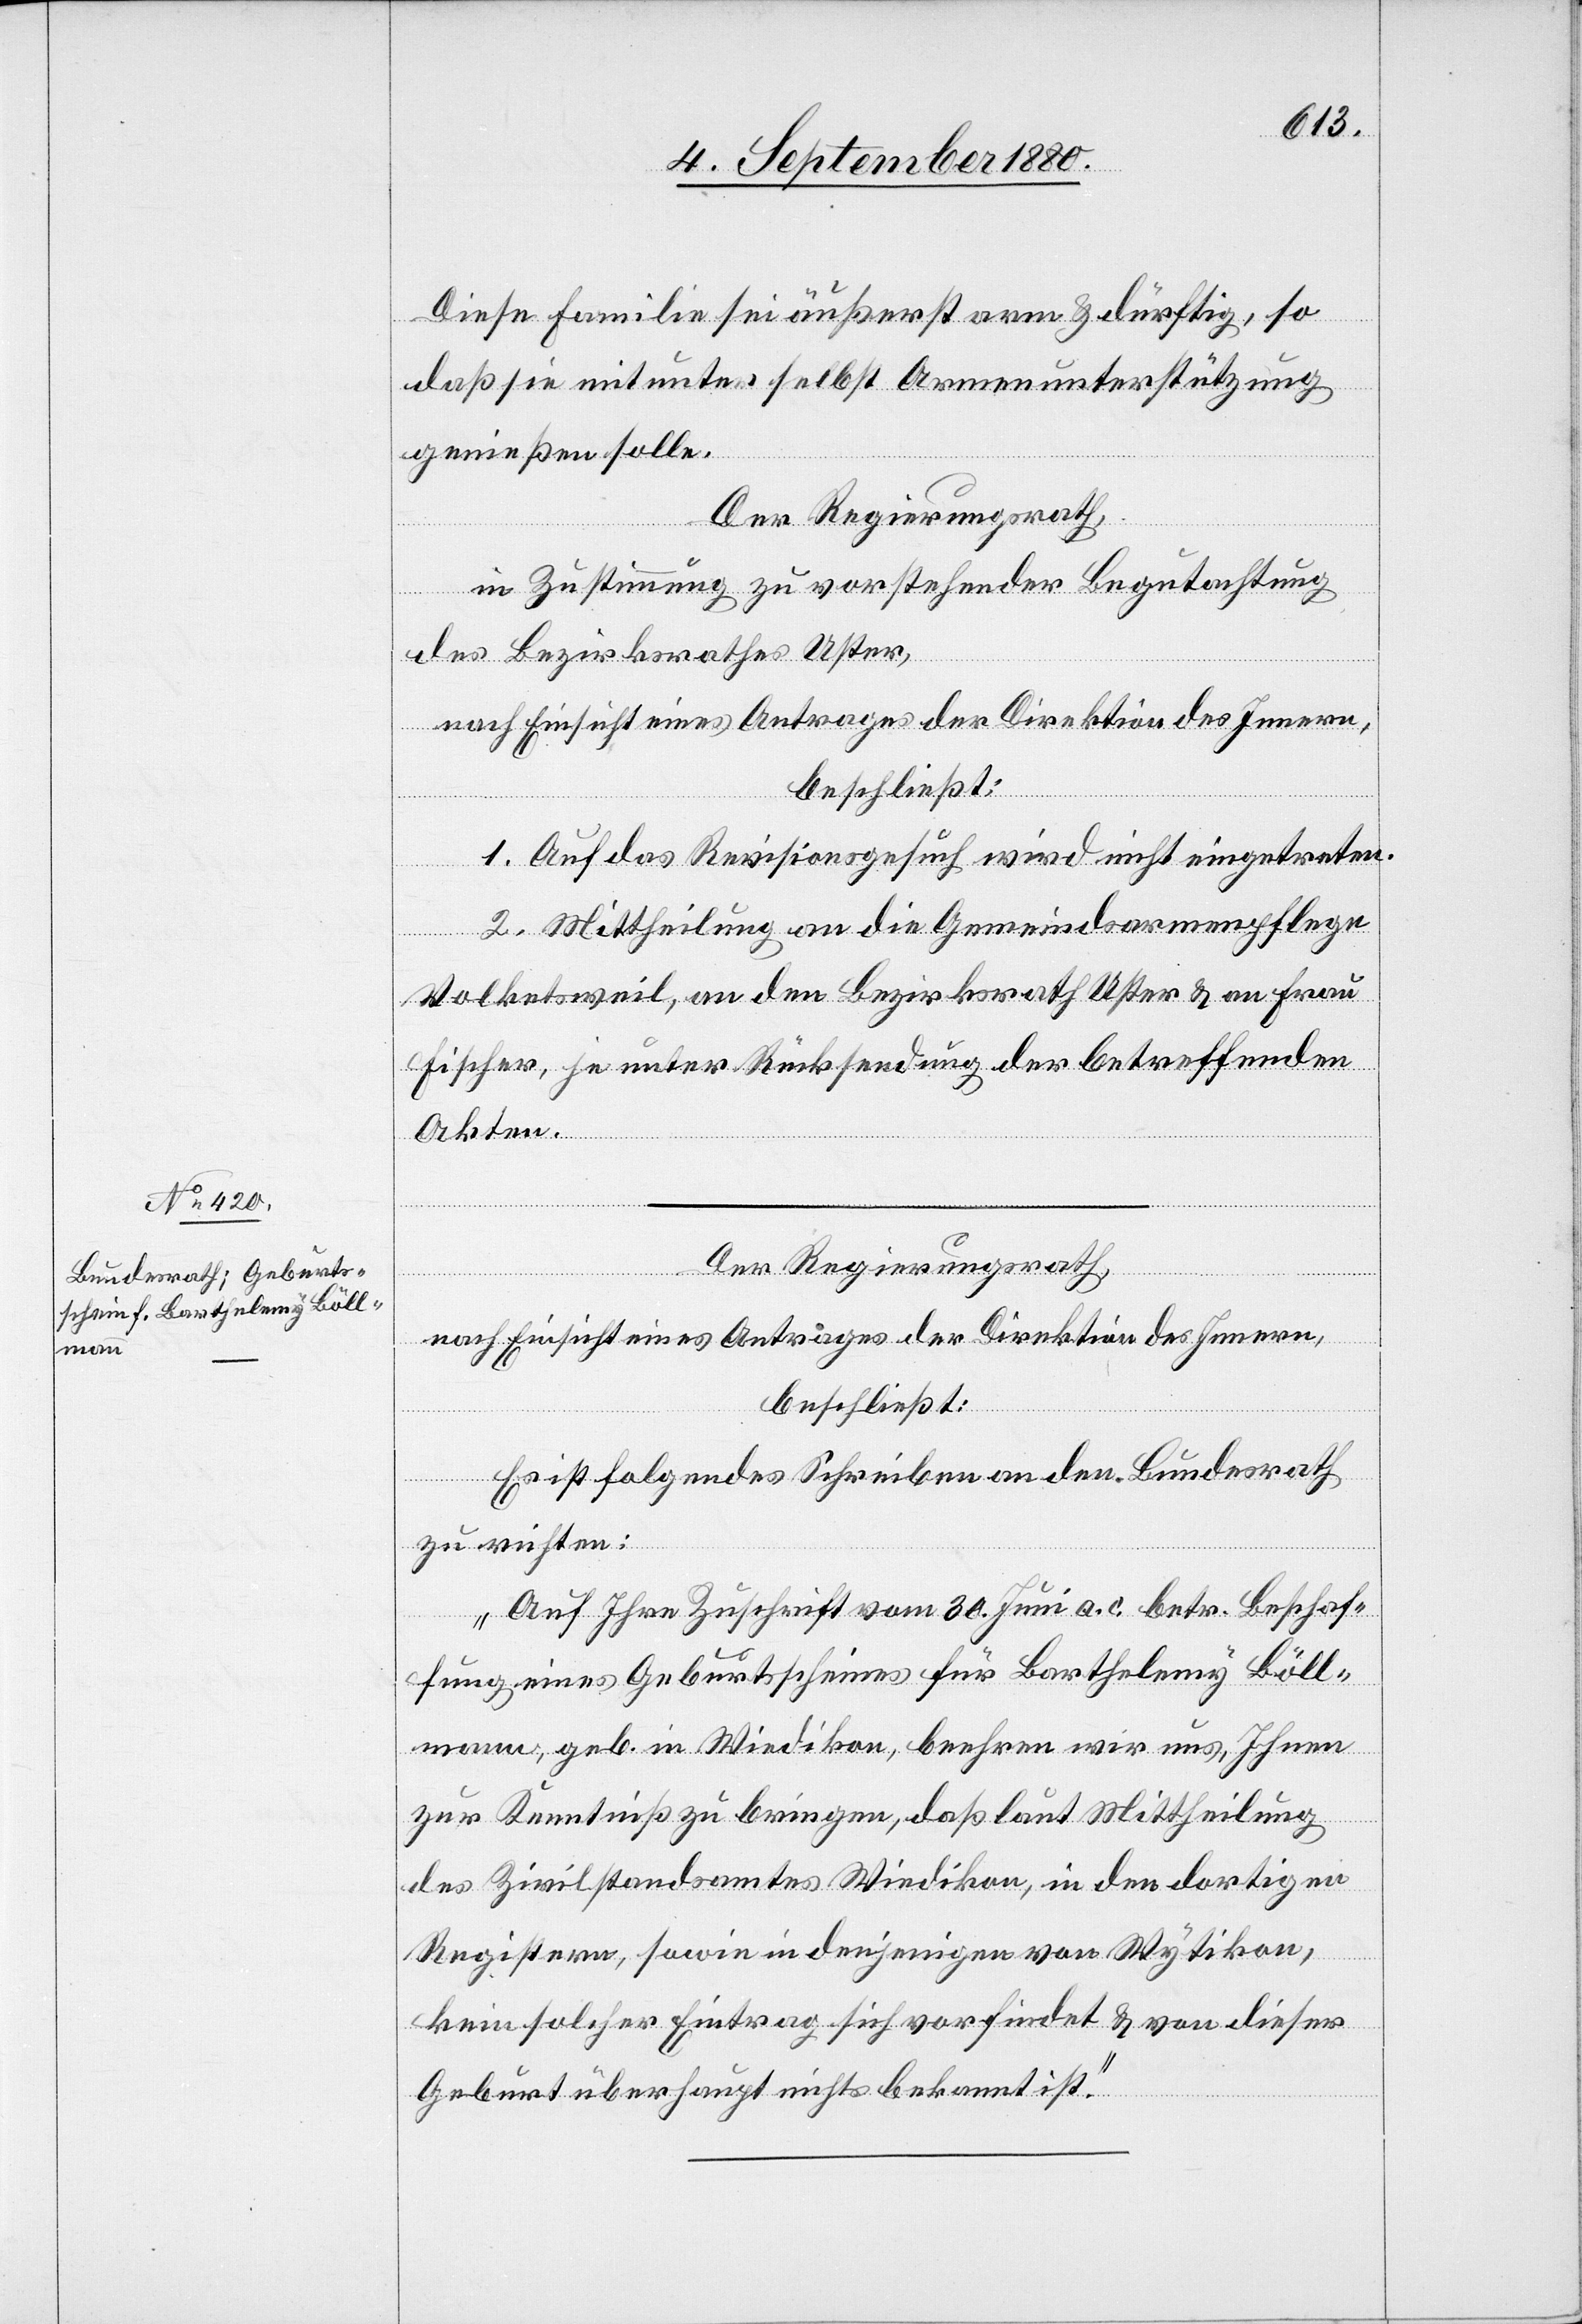
Diese Familie sei äußerst arm & dürftig, so
daß sie mitunter selbst Armenunterstützung
genießen solle.
Der Regierungsrath,
in Zustimmung zu vorstehender Begutachtung
des Bezirksrathes Uster,
nach Einsicht eines Antrages der Direktion des Innern
beschließt:
1. Auf das Revisionsgesuch wird nicht eingetreten.
2. Mittheilung an die Gemeindsarmenpflege
Volketsweil, an den Bezirksrath Uster & an Frau
Fischer, je unter Rücksendung der betreffenden
Akten.
Der Regierungsrath,
nach Einsicht eines Antrages der Direktion des Innern,
beschließt:
Es ist folgendes Schreiben an den Bundesrath
zu richten:
„Auf Ihre Zuschrift vom 30. Juni a. c. betr. Beschaf¬
fung eines Geburtsscheines für Barthelemy Böll¬
mann, geb. in Wiedikon, beehren wir uns, Ihnen
zur Kenntniß zu bringen, daß laut Mittheilung
des Zivilstandsamtes Wiedikon, in den dortigen
Registern, sowie in denjenigen von Wytikon,
kein solcher Eintrag sich vorfindet & von dieser
Geburt überhaupt nichts bekannt ist.“